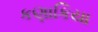
કણાકિયા